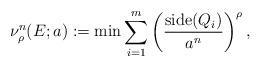
LaTeX: \begin{align*}\nu^n_\rho(E;a) := \min \sum_{i=1}^m\left(\frac{{\rm side}(Q_i)}{a^n}\right)^\rho,\end{align*}